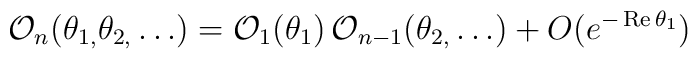
\mathcal{O}_{n}(\theta _{1,}\theta _{2,}\dots )=\mathcal{O}_{1}(\theta_{1})\,\mathcal{O}_{n-1}(\theta _{2,}\dots )+O(e^{-\mathop{\rm Re}\theta_{1}})